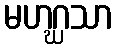
မဟဂ္ဃသာ